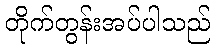
တိုက်တွန်းအပ်ပါသည်